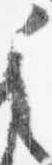
之